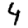
Digit: 4